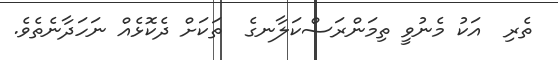
ތެރި  އަކު މެނުވީ ތިމަންރަސްކަލާނގެ  ތަކަށް ދެކޮޅެއް ނަހަދާނެތެވެ.